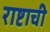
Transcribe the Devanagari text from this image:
राष्टाची